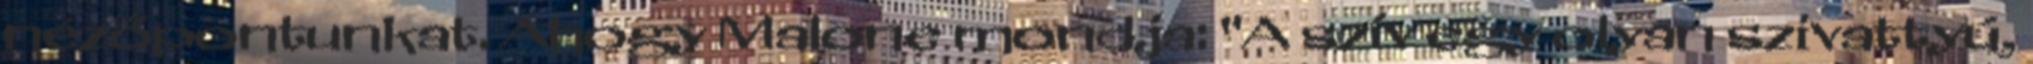
nézőpontunkat. Ahogy Malone mondja: "A szív egy olyan szivattyú,